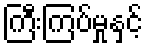
ကြီးကြပ်မှုနှင့်